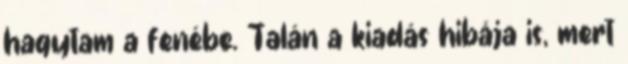
hagytam a fenébe. Talán a kiadás hibája is, mert